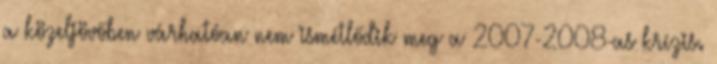
a közeljövőben várhatóan nem ismétlődik meg a 2007-2008-as krízis.